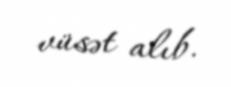
vüsət alıb.